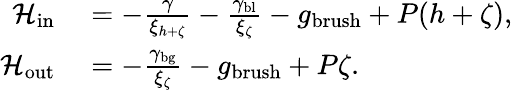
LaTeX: \begin{array}{rl}{\mathcal{H}_{\mathrm{in}}}&{{}=-\frac{\gamma}{\xi_{h+\zeta}}-\frac{\gamma_{\mathrm{bl}}}{\xi_{\zeta}}-g_{\mathrm{brush}}+P(h+\zeta),}\\ {\mathcal{H}_{\mathrm{out}}}&{{}=-\frac{\gamma_{\mathrm{bg}}}{\xi_{\zeta}}-g_{\mathrm{brush}}+P\zeta.}\end{array}